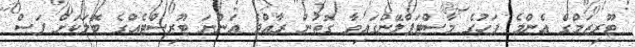
ޓޫރިޒަމްގެ އެންމެ ފަހުގެ މާސްޓަޕްލޭންގައިވާ ގޮތުން ރާއްޖެ އަންނަ ޓޫރިސްޓެއްގެ ބޮލަކަށް ފަސް